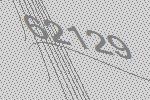
62129